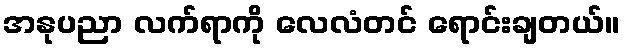
အနုပညာ လက်ရာကို လေလံတင် ရောင်းချတယ်။